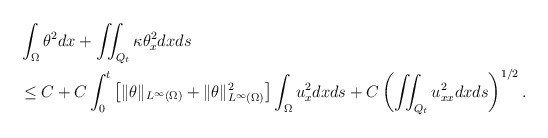
\begin{align*}\begin{aligned} &\int_\Omega \theta^2dx+ \iint_{Q_t} \kappa \theta_x^2dxds\\ &\leq C +C\int_0^t\left[\|\theta\|_{L^\infty(\Omega)}+\|\theta\|_{L^\infty(\Omega)}^{2}\right]\int_{\Omega}u_x^2 dxds +C\left(\iint_{Q_t}u_{xx}^2 dxds\right)^{1/2}. \end{aligned}\end{align*}